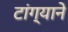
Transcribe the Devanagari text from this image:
टांग्याने